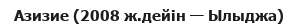
Азизие (2008 ж.дейін — Ылыджа)